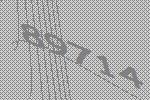
89714